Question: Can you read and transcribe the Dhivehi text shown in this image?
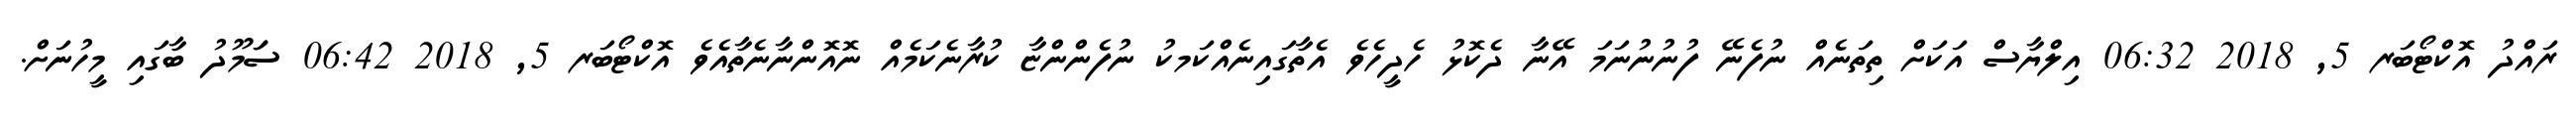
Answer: ރައްދު އޮކްޓޯބަރ 5, 2018 06:32 އިލްޔާސް އަކަށް ތިތަނެއް ނުފެނޭ ފުނުނުނަމަ އޭނާ ދެކޮޅު ހެދީހެވެ އެތާގައިނެއްކަމކު ނުފެންންޏާ ކުރާނެކަމެއް ނޮއޮންނާނެތާއެވެ އޮކްޓޯބަރ 5, 2018 06:42 ސަަމޫދު ބާގައި މީހުނަށް.